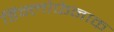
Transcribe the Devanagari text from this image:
डिक्लोफेनाक